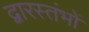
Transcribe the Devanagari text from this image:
द्वारस्तंभों